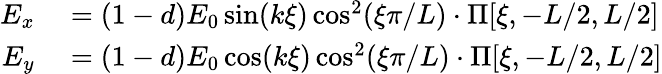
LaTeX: \begin{array}{rl}{E_{x}}&{{}=(1-d)E_{0}\sin(k\xi)\cos^{2}(\xi\pi/L)\cdot\Pi[\xi,-L/2,L/2]}\\ {E_{y}}&{{}=(1-d)E_{0}\cos(k\xi)\cos^{2}(\xi\pi/L)\cdot\Pi[\xi,-L/2,L/2]}\end{array}